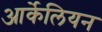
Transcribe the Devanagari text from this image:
आर्केलियन